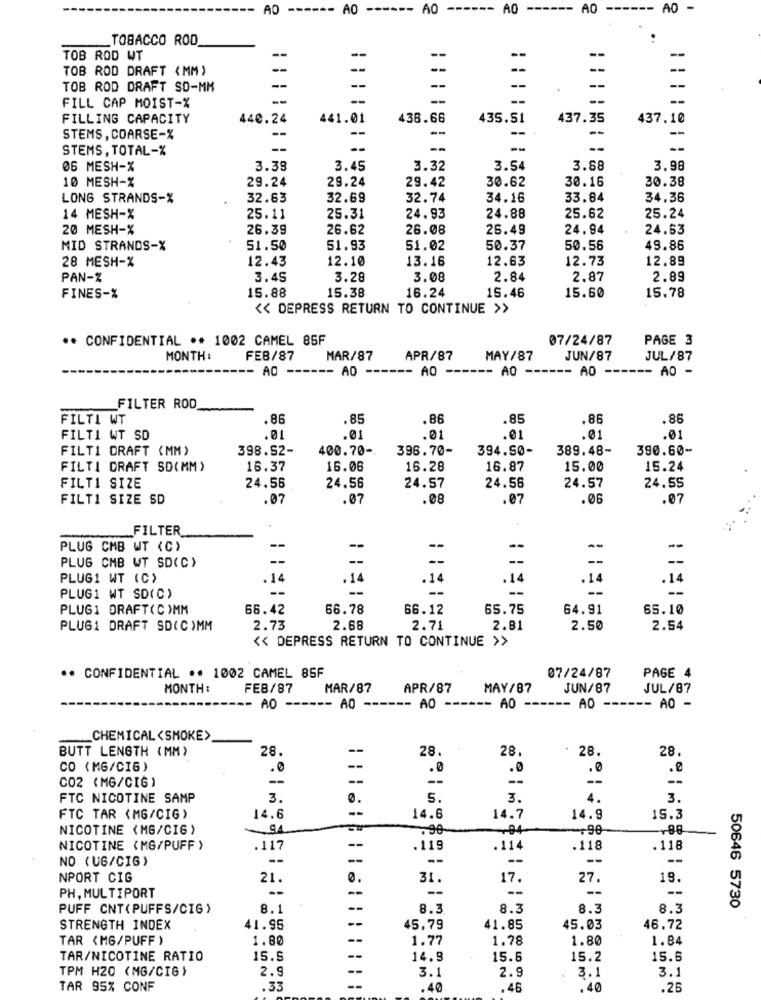
AO
------
AO
----- AO
----
AO
------
AO
------ AO -
TOBACCO ROD
TOB ROD WT
--
--
--
--
--
--
TOB ROD DRAFT (MM)
--
-
TOB ROD DRAFT SD-MM
--
--
--
--
--
--
--
--
--
FILL CAP MOIST-%
FILLING CAPACITY
440.24
441.01
436.66
435.51
437.35
437.10
--
STEMS , COARSE-%
--
--
--
STEMS , TOTAL-%
--
--
06 MESH-X
3.38
3.45
3.32
3.54
3.68
3.98
10 MESH-%
29.24
29.24
29.42
30.62
30.16
30.38
LONG STRANDS-%
32.63
32.69
32.74
34.16
33.84
34.36
14 MESH-%
25.11
25.31
24.93
24.88
25.62
25.24
20 MESH-%
26.39
26.62
26.08
26.49
24.94
24.63
MID STRANDS-X
51.50
51.93
51.02
50.37
50.56
49.86
12.43
12.10
13.16
12.63
12.73
12.89
28 MESH-%
PAN-Z
3.45
3.28
3.08
2.84
2.87
2.89
15.38
FINES-%
15.88
16.24
15.46
15.60
15.78
<< DEPRESS RETURN TO CONTINUE >>
** CONFIDENTIAL ** 1002 CAMEL 85F
07/24/87
PAGE 3
MONTH :
FEB/87
MAR/87
APR/87
MAY/87
JUN/87
JUL/87
AO
-- AD
-- AO
-- AO -
-- AD -
--- AO -
FILTER ROD
FILTI WT
.86
.85
.86
.85
.86
.86
FILTI WT SD
.01
.01
.01
.01
.01
FILTI DRAFT (MM)
398.S2-
400.70 -.
396.70-
394.50-
389.48-
390.60-
FILTI DRAFT SD(MM)
16.37
16.06
16.28
16.87
15.00
15.24
FILTI SIZE
24.56
24.56
24.57
24.58
24.57
24.55
FILT1 SIZE SD
.07
.07
.08
.07
.06
.07
FILTER
--
PLUG CMB WT (C)
-
--
--
--
--
PLUG CMB WT SD(C)
PLUG1 WT (C)
.14
.14
.14
.14
.14
.14
--
PLUG1 WT SD(C)
PLUG1 DRAFT(C )MM
66.42
66.78
66.12
65.75
64.91
65.10
PLUG1 DRAFT SD(C)MM
2.73
2.68
2.71
2.81
2.50
2.54
<< DEPRESS RETURN TO CONTINUE >>
·· CONFIDENTIAL ** 1002 CAMEL 85F
07/24/87
PAGE 4
MONTH :
FEB/87
MAR/87
APR/87
MAY/87
JUN/87
JUL/87
AO ------ AO ------ A0-
-- AO
-- AO
-- AO -
CHEMICAL <SMOKE>
BUTT LENGTH (MM)
28.
28.
28
28.
28.
CO (MG/CIG)
.0
--
.0
.0
.0
.e
CO2 (MG/CIG)
--
--
--
--
--
FTC NICOTINE SAMP
3.
0.
5.
3.
4.
3.
--
FTC TAR (MG/CIG)
14.6
14.6
14.7
14.9
15.3
NICOTINE (MG/CIG)
.90-
-84-
-- 90
-88
--
NICOTINE (MG/PUFF )
.117
.119
.114
.118
.118
NO (UG/CIG)
--
--
--
--
NPORT CIG
21.
0.
31
17.
27.
19.
--
--
--
--
--
--
PH, MULTIPORT
PUFF CNT(PUFFS/CIG )
8.
--
8.3
8.3
8.3
8.3
50646 5730
STRENGTH INDEX
41.95
--
45,79
41.85
45.03
46.72
TAR (MG/PUFF )
1.80
--
1.77
1.78
1.80
1.84
TAR/NICOTINE RATIO
15.9
--
14.9
15.5
15.2
15.6
TPM H20 (MG/CIG)
2.9
3.1
2.9
3.
3.1
TAR 95% CONF
.33
.40
.46
.40
.26